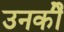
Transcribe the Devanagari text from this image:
उनकीे